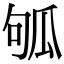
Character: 𤫱